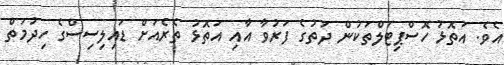
އެވެ. އަތޮޅު ހޮސްޕިޓަލްތަކުން ދަތުގެ ފަރުވާ އާއި އަތޮޅު ތެރެއަށް ޑައިލިސިސްގެ ހިދުމަތް